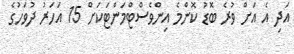
އަދި އެ އަަށް ވުރެ ބޮޑު ކޮންމެ އިންވެސްޓްމަންޓަކަށް 15 އަހަރު ދުވަހުގެ